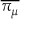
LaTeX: \overline { { \pi _ { \mu } } }